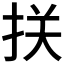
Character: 𢬈